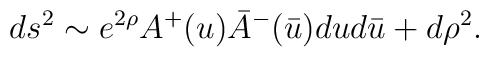
ds^2  \sim e^{2\rho} A^+(u) \bar A^-(\bar u)  du d\bar u + d\rho^2.